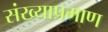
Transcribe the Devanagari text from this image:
संख्याप्रमाण